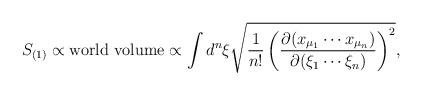
LaTeX: \begin{align*}S_{(1)} \propto \mbox{world volume} \propto \int d^{n}\xi \sqrt{ \frac{1}{n!} \left( \frac{\partial (x_{\mu_{1}} \cdots x_{\mu_{n}}) }{\partial (\xi_{1} \cdots \xi_{n})} \right)^2 },\end{align*}